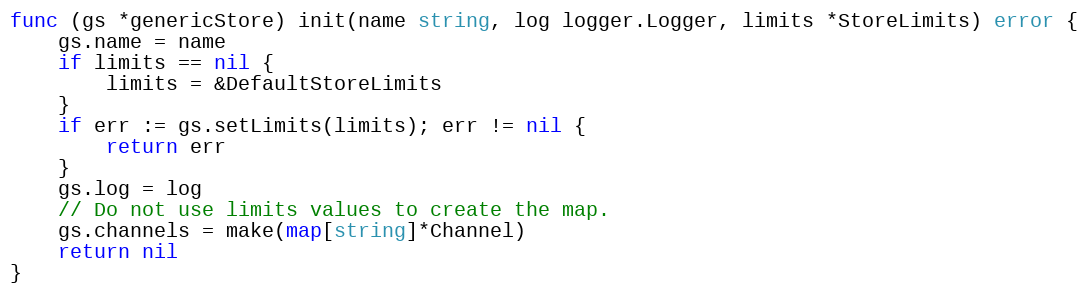
Language: Go
func (gs *genericStore) init(name string, log logger.Logger, limits *StoreLimits) error {
	gs.name = name
	if limits == nil {
		limits = &DefaultStoreLimits
	}
	if err := gs.setLimits(limits); err != nil {
		return err
	}
	gs.log = log
	// Do not use limits values to create the map.
	gs.channels = make(map[string]*Channel)
	return nil
}